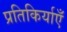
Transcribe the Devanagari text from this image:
प्रतिकिर्याएँ